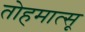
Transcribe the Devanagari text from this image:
तोहमात्सू